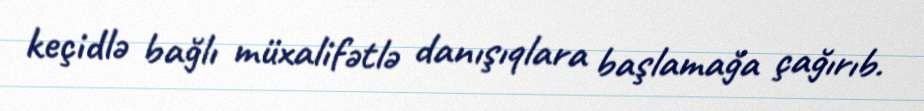
keçidlə bağlı müxalifətlə danışıqlara başlamağa çağırıb.